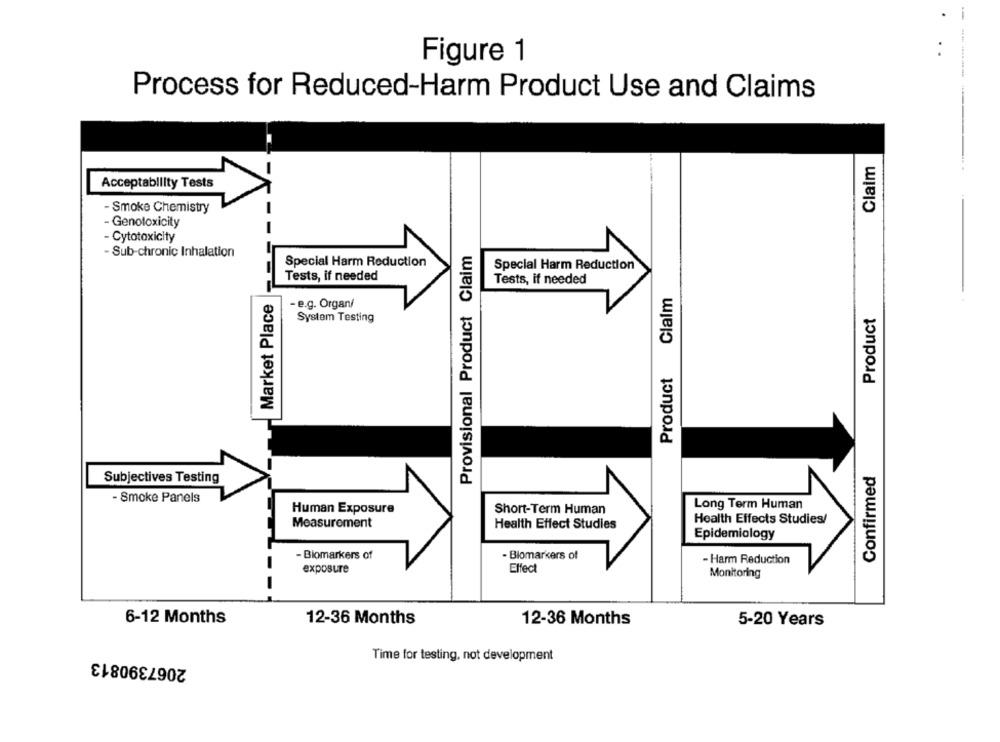
Figure 1
Process for Reduced-Harm Product Use and Claims
Claim
Acceptability Tests
- Smoke Chemistry
-
- Genotoxicity
- Cytotoxicity
- Sub-chronic Inhalation
Provisional Product Claim
Special Harm Reduction
Special Harm Reduction
Tests, if needed
Tests, if needed
Claim
Market Place
- e.g. Organ/
System Testing
Product
Product
Confirmed
Subjectives Testing
- Smoke Panels
Long Term Human
Human Exposure
Short-Term Human
Health Effects Studies/
Measurement
Health Effect Studies
Epidemiology
- Biomarkers of
- Biomarkers of
- Harm Reduction
exposure
Effect
Monitoring
6-12 Months
12-36 Months
12-36 Months
5-20 Years
2067390813
Time for testing, not development